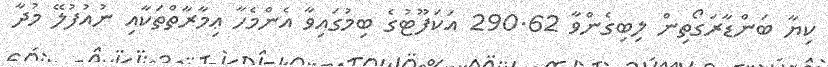
ކިޔާ ބަންޑާރަގޯތިން ލިބިގެންވާ 290.62 އަކަފޫޓުގެ ބިމުގައިވާ އެންމެހާ ޢިމާރާތްތަކާއި ނުއުފުލޭ މުދާ